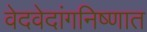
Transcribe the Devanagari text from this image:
वेदवेदांगनिष्णात